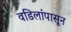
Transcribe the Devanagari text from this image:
वडिलांपासून